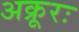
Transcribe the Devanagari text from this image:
अक्रूरः